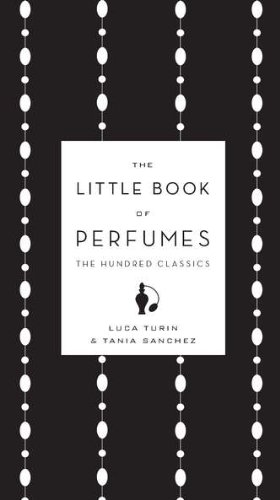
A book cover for The Little Book of Perfumes: The Hundred Classics; Luca Turin; Health, Fitness & Dieting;